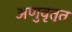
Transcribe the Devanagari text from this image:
अणुवृत्त